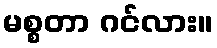
မစ္စတာ ဂင်လား။